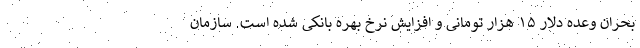
بحران وعده دلار ۱۵ هزار تومانی و افزایش نرخ بهره بانکی شده است. سازمان